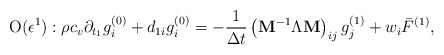
\begin{align*}{\rm O}(\epsilon ^1):\rho c_v\partial_ {t_1}g_i^{(0)}+d_{1i}g_i^{(0)}=-\frac{1}{\Delta t} \left({{{\bf{ M}}}}^{-1}{\Lambda}{{{\bf{ M}}}}\right)_{ij} g_j^{(1)} + {{w}_i \bar F^{(1)}},\end{align*}